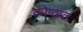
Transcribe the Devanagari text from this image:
कोष्ठात